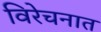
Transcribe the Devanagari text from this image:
विरेचनात